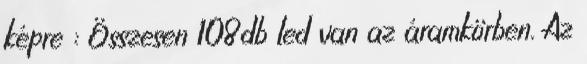
képre : Összesen 108db led van az áramkörben. Az